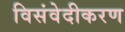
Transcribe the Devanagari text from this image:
विसंवेदीकरण